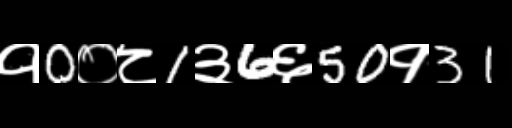
Text: १0०८1३6६50१31